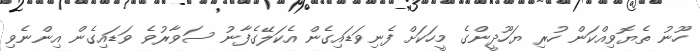
ހޫނު ތެޔޮވިއްކަން ހުރި ޔަހޫދީންގެ މީހަކަށް ފެނިވަޑައިގެން އެކަލޭގެފާނު ސަވާރުވެ ވަޑައިގެން އިންނެވި